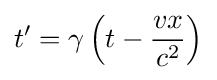
t'=\gamma \left(t-{\frac {vx}{c^{2}}}\right)